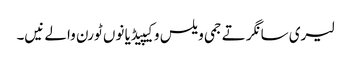
لیری سانگر تے جمی ویلس وکیپیڈیا نوں ٹورن والے نیں۔